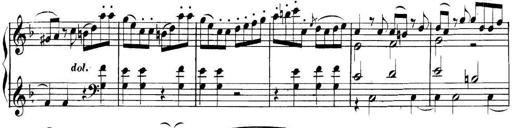
Title: Collected Piano Sonatas
Composer: Muzio Clementi